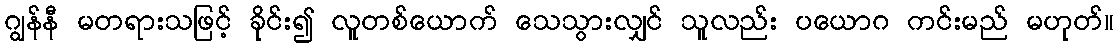
ဂျွန်နီ မတရားသဖြင့် ခိုင်း၍ လူတစ်ယောက် သေသွားလျှင် သူလည်း ပယောဂ ကင်းမည် မဟုတ်။